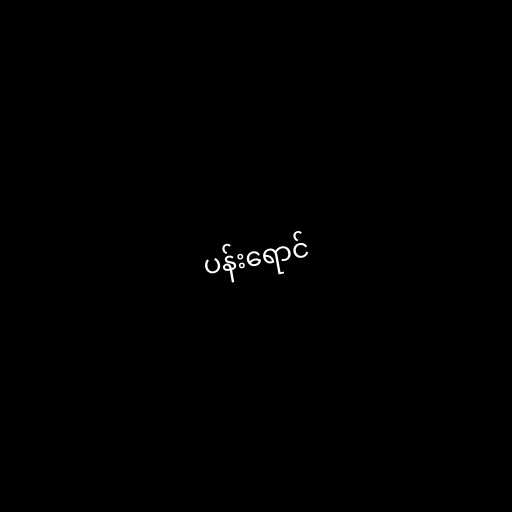
ပန်းရောင်